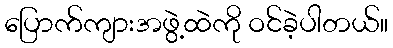
ပြောက်ကျားအဖွဲ့ထဲကို ဝင်ခဲ့ပါတယ်။